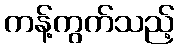
ကန့်ကွက်သည့်